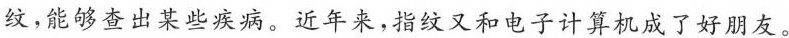
纹，能够查出某些疾病。近年来，指纹又和电子计算机成了好朋友。